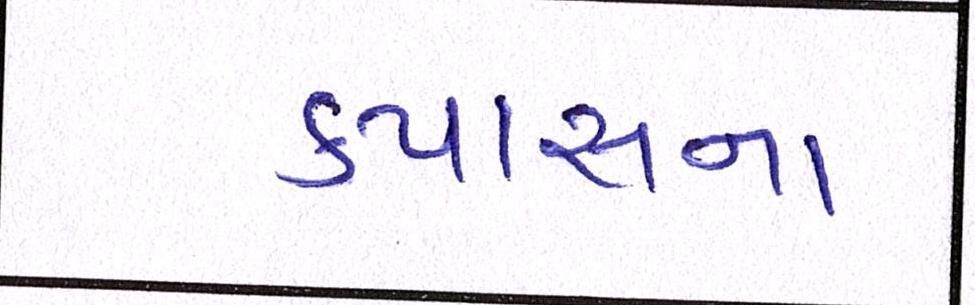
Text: કપાસના